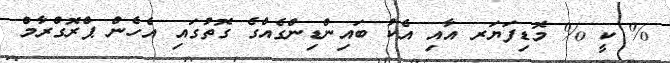
% ކީ % މޮޑިފަޔަރ އާއި އެކު ބައިންޑިންގެއްގެ ގޮތުގައި އެހެން ޕްރޮގްރާމް